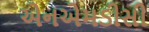
એનએમડીસી